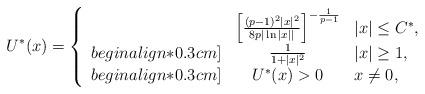
LaTeX: \begin{align*}U^*(x) = \left\{ \begin{array}{rcl}&\left[ \frac{(p-1)^2 |x|^2}{8 p |\ln |x||} \right]^{- \frac{1}{p-1}} & |x| \leq C^*, \\begin{align*}0.3cm]&\frac{1}{ 1 + |x|^2 } & |x| \geq 1,\\begin{align*}0.3cm] &U^*(x) > 0 & x \neq 0,\end{array} \right.\end{align*}